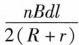
\frac{nBdl}{2(R+r)}